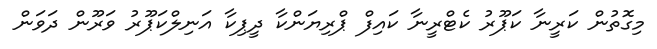
މިގޮތުން ކަރީނާ ކަޕޫރު ކެޓްރީނާ ކައިފް ޕްރިޔަންކާ ދީޕިކާ އަނިލްކަޕޫރު ވަރޫން ދަވަން